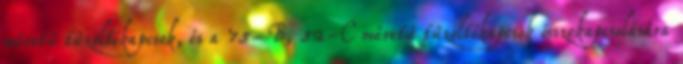
méretû tûzoltókapcsok, és a 75-B, 52-C méretû tûzoltókapcsok összekapcsolására